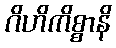
ဂိဟိကိစ္စာနိ